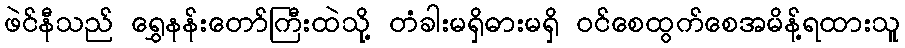
ဖဲင်နီသည် ရွှေနန်းတော်ကြီးထဲသို့ တံခါးမရှိဓားမရှိ ဝင်စေထွက်စေအမိန့်ရထားသူ